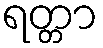
ရတ္တာ